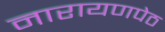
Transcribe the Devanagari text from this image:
नारायणपेठ